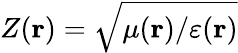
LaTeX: Z(\mathbf{r})=\sqrt{\mu(\mathbf{r})/\varepsilon(\mathbf{r})}